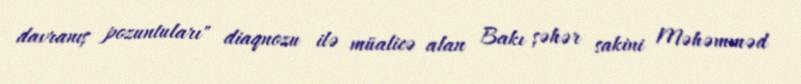
davranış pozuntuları" diaqnozu ilə müalicə alan Bakı şəhər sakini Məhəmməd